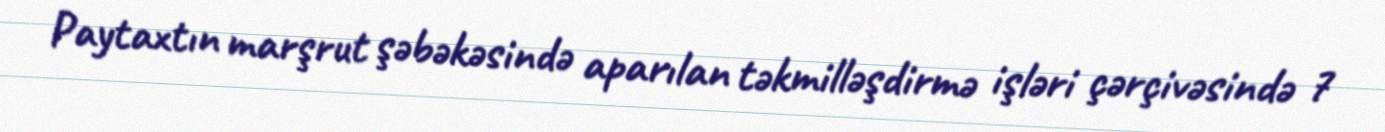
Paytaxtın marşrut şəbəkəsində aparılan təkmilləşdirmə işləri çərçivəsində 7